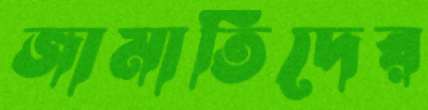
জামাতিদের